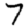
Digit: 7